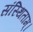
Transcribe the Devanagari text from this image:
संस्थिताम्‌।